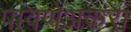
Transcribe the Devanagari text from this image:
पावणेअकरा